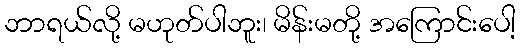
ဘာရယ်လို့ မဟုတ်ပါဘူး၊ မိန်းမတို့ အကြောင်းပေါ့